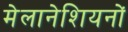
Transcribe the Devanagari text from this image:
मेलानेशियनों